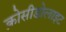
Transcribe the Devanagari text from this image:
क्रोसीडोलाइट